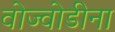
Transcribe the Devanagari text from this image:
वोज्वोडीना